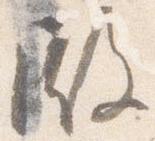
殿